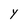
Character: Y